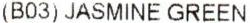
(B03) JASMINE GREEN